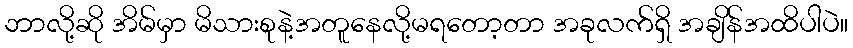
ဘာလို့ဆို အိမ်မှာ မိသားစုနဲ့အတူနေလို့မရတော့တာ အခုလက်ရှိ အချိန်အထိပါပဲ။